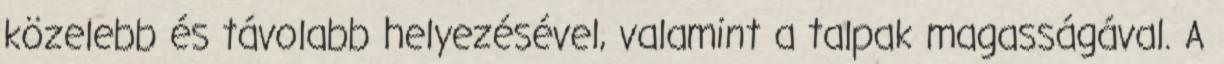
közelebb és távolabb helyezésével, valamint a talpak magasságával. A